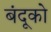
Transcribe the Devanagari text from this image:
बंदूको